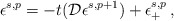
\begin{align*}\epsilon^{s,p} = -t({\cal D}\epsilon^{s,p+1}) + \epsilon^{s,p}_+ \,,\end{align*}